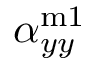
\alpha _ { y y } ^ { \mathrm { m 1 } }